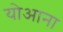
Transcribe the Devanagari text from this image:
योआना